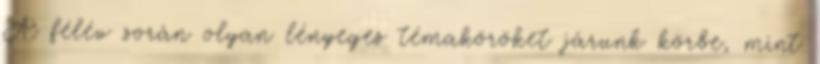
A félév során olyan lényeges témaköröket járunk körbe, mint